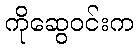
ကိုဆွေဝင်းက